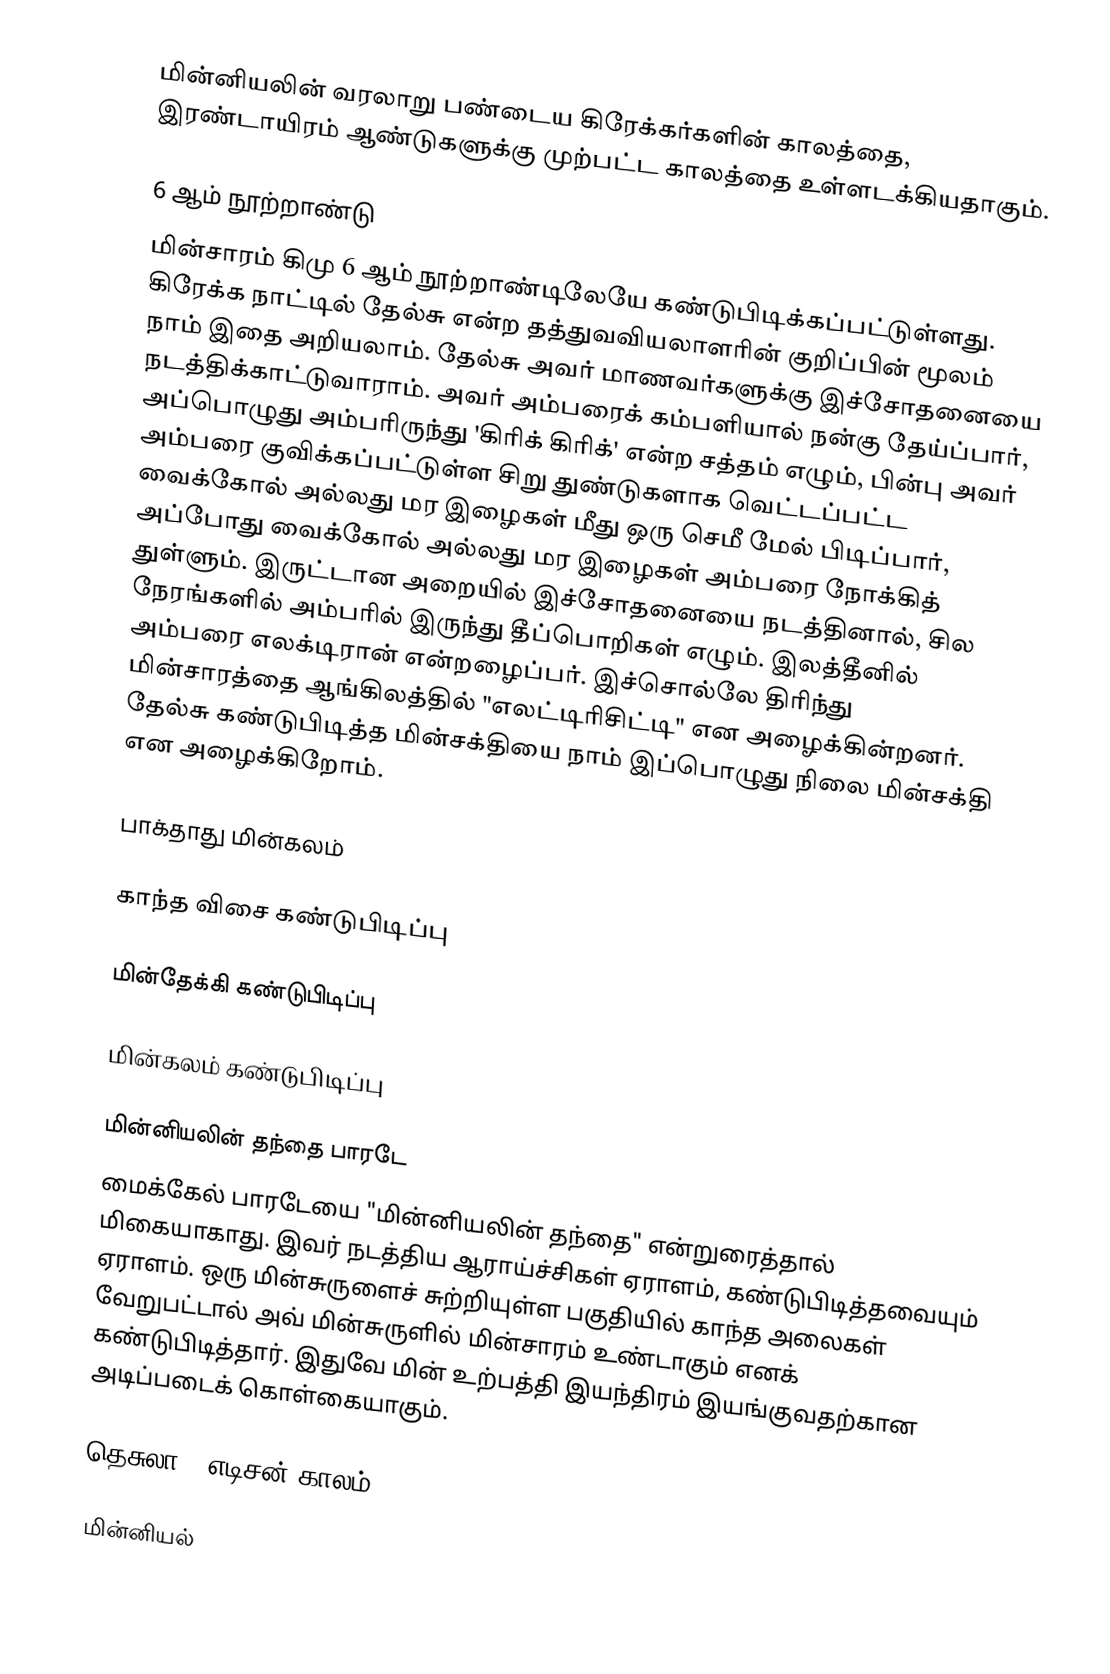
மின்னியலின் வரலாறு பண்டைய கிரேக்கர்களின் காலத்தை, இரண்டாயிரம் ஆண்டுகளுக்கு முற்பட்ட காலத்தை உள்ளடக்கியதாகும்.

6 ஆம் நூற்றாண்டு
மின்சாரம் கிமு 6 ஆம் நூற்றாண்டிலேயே கண்டுபிடிக்கப்பட்டுள்ளது. கிரேக்க நாட்டில் தேல்சு என்ற தத்துவவியலாளரின் குறிப்பின் மூலம் நாம் இதை அறியலாம். தேல்சு அவர் மாணவர்களுக்கு இச்சோதனையை நடத்திக்காட்டுவாராம். அவர் அம்பரைக் கம்பளியால் நன்கு தேய்ப்பார், அப்பொழுது அம்பரிருந்து 'கிரிக் கிரிக்' என்ற சத்தம் எழும், பின்பு அவர் அம்பரை குவிக்கப்பட்டுள்ள சிறு துண்டுகளாக வெட்டப்பட்ட வைக்கோல் அல்லது மர இழைகள் மீது ஒரு செமீ மேல் பிடிப்பார், அப்போது வைக்கோல் அல்லது மர இழைகள் அம்பரை நோக்கித் துள்ளும். இருட்டான அறையில் இச்சோதனையை நடத்தினால், சில நேரங்களில் அம்பரில் இருந்து தீப்பொறிகள் எழும். இலத்தீனில் அம்பரை எலக்டிரான் என்றழைப்பர். இச்சொல்லே திரிந்து மின்சாரத்தை ஆங்கிலத்தில் "எலட்டிரிசிட்டி" என அழைக்கின்றனர். தேல்சு கண்டுபிடித்த மின்சக்தியை நாம் இப்பொழுது நிலை மின்சக்தி என அழைக்கிறோம்.

பாக்தாது மின்கலம்

காந்த விசை கண்டுபிடிப்பு

மின்தேக்கி கண்டுபிடிப்பு

மின்கலம் கண்டுபிடிப்பு

மின்னியலின் தந்தை பாரடே
மைக்கேல் பாரடேயை "மின்னியலின் தந்தை" என்றுரைத்தால் மிகையாகாது. இவர் நடத்திய ஆராய்ச்சிகள் ஏராளம், கண்டுபிடித்தவையும் ஏராளம். ஒரு மின்சுருளைச் சுற்றியுள்ள பகுதியில் காந்த அலைகள் வேறுபட்டால் அவ் மின்சுருளில் மின்சாரம் உண்டாகும் எனக் கண்டுபிடித்தார். இதுவே மின் உற்பத்தி இயந்திரம் இயங்குவதற்கான அடிப்படைக் கொள்கையாகும்.

தெசுலா / எடிசன் காலம்

மின்னியல்